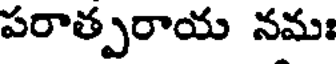
పరాత్పరాయ నమః